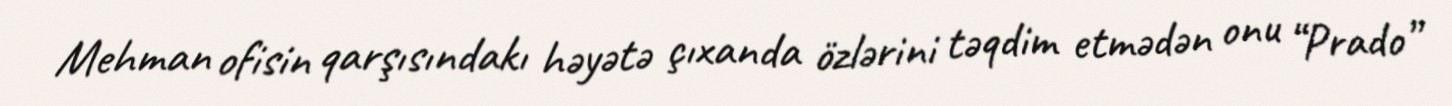
Mehman ofisin qarşısındakı həyətə çıxanda özlərini təqdim etmədən onu “Prado”